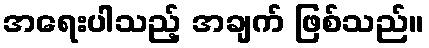
အရေးပါသည့် အချက် ဖြစ်သည်။